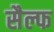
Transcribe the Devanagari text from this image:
सैल्फ